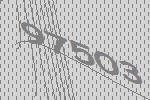
97503